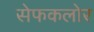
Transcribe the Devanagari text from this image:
सेफकलोर